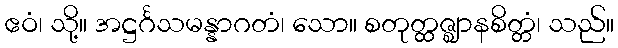
ဧဝံ၊ သို့။ အဋ္ဌင်္ဂသမန္နာဂတံ၊ သော။ စတုတ္ထဇ္ဈာနစိတ္တံ၊ သည်။